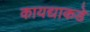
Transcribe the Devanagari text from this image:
कायद्याकडे